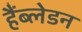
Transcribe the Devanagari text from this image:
हैंब्लेडन